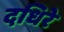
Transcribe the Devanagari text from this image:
दधिरे